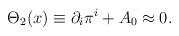
LaTeX: \begin{align*}\Theta_2(x) \equiv \partial_i \pi^i +A_0 \approx0. \end{align*}